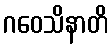
ဂဝေသိနာတိ